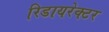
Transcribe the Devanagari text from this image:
रिडायरेक्टर